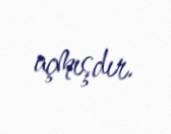
açmışdır.